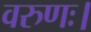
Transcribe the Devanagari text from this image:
वरुणः।